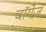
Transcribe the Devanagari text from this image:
चॉयेज़